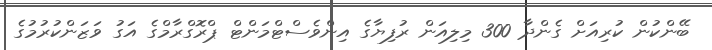
ބޭންކުން ކުރިއަށް ގެންދާ 300 މިލިއަން ރުފިޔާގެ އިންވެސްޓްމަންޓް ޕްރޮގްރާމްގެ އަގު ވަޒަންކުރުމުގެ